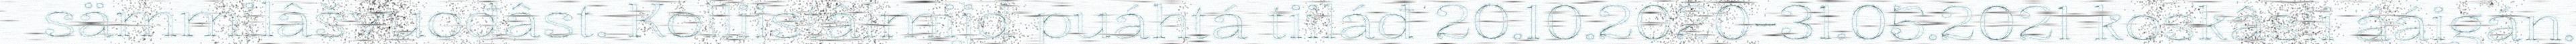
sämmilâšvuođâst. Kolliistâlmijd puáhtá tiiláđ 20.10.2020-31.05.2021 koskâsii ááigán.